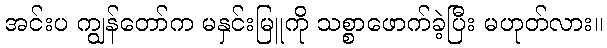
အင်းပ ကျွန်တော်က မနှင်းမြူကို သစ္စာဖောက်ခဲ့ပြီး မဟုတ်လား။